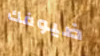
ضيوفك